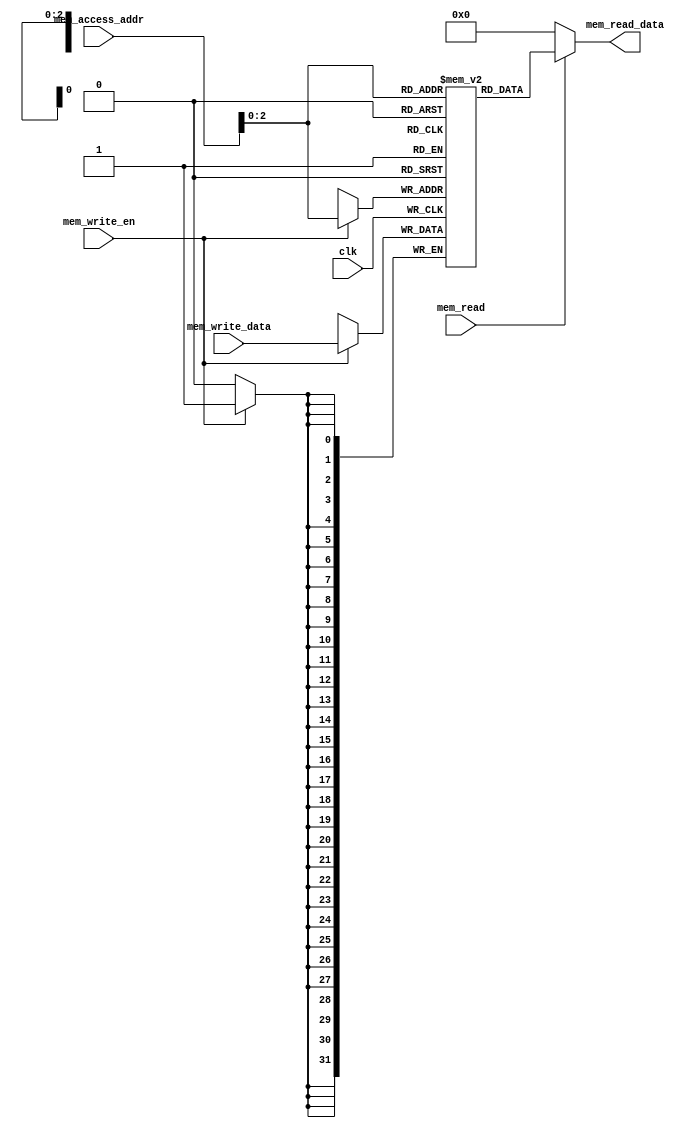
module Data_Memory(
 input clk,
  input [31:0]   mem_access_addr,
 
 // write port
  input [31:0]   mem_write_data,
 input     mem_write_en,
 input mem_read,
 // read port
  output [31:0]   mem_read_data
);

  reg [31:0] memory [7:0];
  wire [4:0] ram_addr=mem_access_addr[4:0];
initial
 begin
   memory [0] = 32'b00000000000000000000000000000001;
   memory [1] = 32'b00000000000000000000000000000010;
   memory [2] = 32'b00000000000000000000000000000001;
   memory [3] = 32'b00000000000000000000000000000001;
   memory [4] = 32'b00000000000000000000000000000100;
   memory [5] = 32'b00000000000000000000000000000010;
   memory [6] = 32'b00000000000000000000000000000100;
   memory [7] = 32'b00000000000000000000000000000010;
 end
 
 always @(posedge clk) begin
  if (mem_write_en)
   memory[ram_addr] <= mem_write_data;
 end
  assign mem_read_data = (mem_read==1'b1) ? memory[ram_addr]: 32'd0; 

endmodule